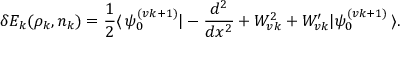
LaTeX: \delta E _ { k } ( \rho _ { k } , n _ { k } ) = \frac { 1 } { 2 } \langle \, \psi _ { 0 } ^ { ( v k + 1 ) } | - \frac { d ^ { 2 } } { d x ^ { 2 } } + W _ { v k } ^ { 2 } + W _ { v k } ^ { \prime } | \psi _ { 0 } ^ { ( v k + 1 ) } \, \rangle .